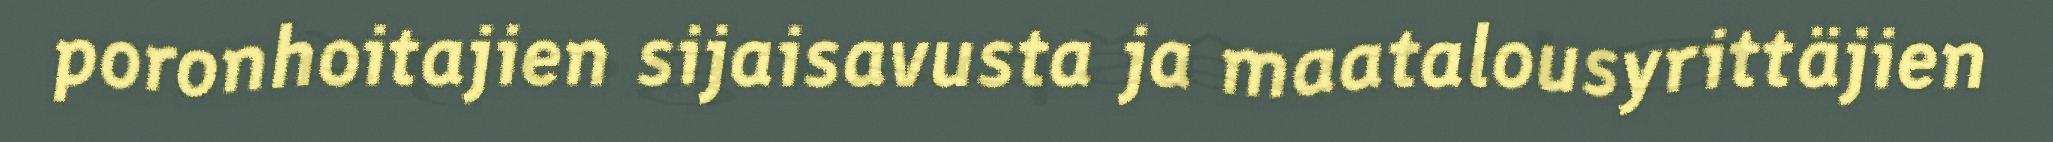
poronhoitajien sijaisavusta ja maatalousyrittäjien